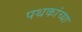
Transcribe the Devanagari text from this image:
पथकांच्या